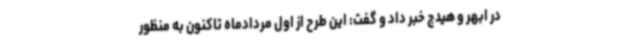
در ابهر و هیدج خبر داد و گفت: این طرح از اول مردادماه تاکنون به منظور